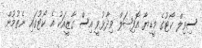
ސިވިލް ކޯޓުގެ މީޑިޔާ އޮފިޝަލް ވިދާޅުވީ އިސް ގާޒީއަކު އެ ކޯޓުގައި ނެތުމުން